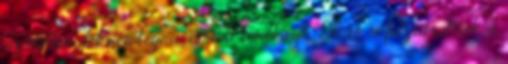
az emberi lét reintegrációjára törekszik. Ennek a folyamatnak a